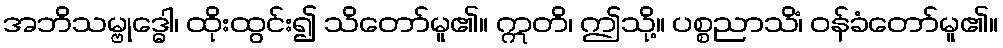
အဘိသမ္ဗုဒ္ဓေါ၊ ထိုးထွင်း၍ သိတော်မူ၏။ ဣတိ၊ ဤသို့။ ပစ္စညာသိံ၊ ဝန်ခံတော်မူ၏။